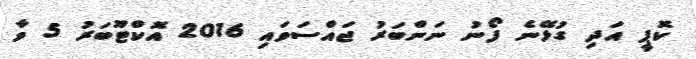
ކޮޕީ އަދި ގުޅޭނެ ފޯނު ނަންބަރު ޖައްސަވައި 2016 އޮކްޓޫބަރު 5 ވާ